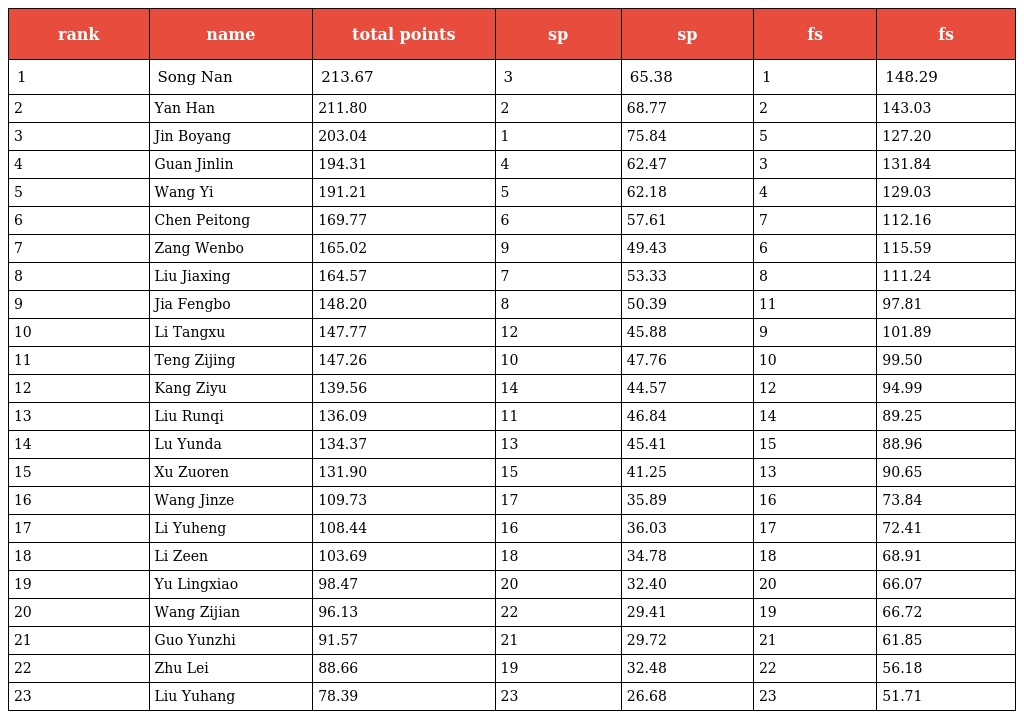
| rank | name | total points | sp | sp | fs | fs |
 | --- | --- | --- | --- | --- | --- | --- |
 | 1 | Song Nan | 213.67 | 3 | 65.38 | 1 | 148.29 |
 | 2 | Yan Han | 211.80 | 2 | 68.77 | 2 | 143.03 |
 | 3 | Jin Boyang | 203.04 | 1 | 75.84 | 5 | 127.20 |
 | 4 | Guan Jinlin | 194.31 | 4 | 62.47 | 3 | 131.84 |
 | 5 | Wang Yi | 191.21 | 5 | 62.18 | 4 | 129.03 |
 | 6 | Chen Peitong | 169.77 | 6 | 57.61 | 7 | 112.16 |
 | 7 | Zang Wenbo | 165.02 | 9 | 49.43 | 6 | 115.59 |
 | 8 | Liu Jiaxing | 164.57 | 7 | 53.33 | 8 | 111.24 |
 | 9 | Jia Fengbo | 148.20 | 8 | 50.39 | 11 | 97.81 |
 | 10 | Li Tangxu | 147.77 | 12 | 45.88 | 9 | 101.89 |
 | 11 | Teng Zijing | 147.26 | 10 | 47.76 | 10 | 99.50 |
 | 12 | Kang Ziyu | 139.56 | 14 | 44.57 | 12 | 94.99 |
 | 13 | Liu Runqi | 136.09 | 11 | 46.84 | 14 | 89.25 |
 | 14 | Lu Yunda | 134.37 | 13 | 45.41 | 15 | 88.96 |
 | 15 | Xu Zuoren | 131.90 | 15 | 41.25 | 13 | 90.65 |
 | 16 | Wang Jinze | 109.73 | 17 | 35.89 | 16 | 73.84 |
 | 17 | Li Yuheng | 108.44 | 16 | 36.03 | 17 | 72.41 |
 | 18 | Li Zeen | 103.69 | 18 | 34.78 | 18 | 68.91 |
 | 19 | Yu Lingxiao | 98.47 | 20 | 32.40 | 20 | 66.07 |
 | 20 | Wang Zijian | 96.13 | 22 | 29.41 | 19 | 66.72 |
 | 21 | Guo Yunzhi | 91.57 | 21 | 29.72 | 21 | 61.85 |
 | 22 | Zhu Lei | 88.66 | 19 | 32.48 | 22 | 56.18 |
 | 23 | Liu Yuhang | 78.39 | 23 | 26.68 | 23 | 51.71 |